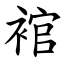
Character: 䘾